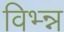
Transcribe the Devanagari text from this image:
विभ्न्न